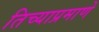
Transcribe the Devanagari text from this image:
तिच्याप्रमाणे